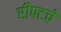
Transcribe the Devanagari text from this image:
रीफ्टचे